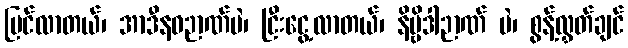
မြင်လာတယ်၊ အာဒီနဝဉာဏ်ပဲ၊ ငြီးငွေ့လာတယ်၊ နိဗ္ဗိဒါဉာဏ် ပဲ၊ စွန့်လွှတ်ချင်